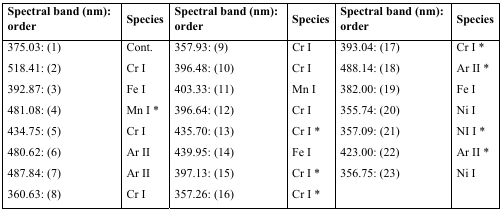
<table><thead><tr><td><b>Spectral band (nm): order</b></td><td><b>Species</b></td><td><b>Spectral band (nm): order</b></td><td><b>Species</b></td><td><b>Spectral band (nm): order</b></td><td><b>Species</b></td></tr></thead><tbody><tr><td>375.03: (1)</td><td>Cont.</td><td>357.93: (9)</td><td>Cr I</td><td>393.04: (17)</td><td>Cr I *</td></tr><tr><td>518.41: (2)</td><td>Cr I</td><td>396.48: (10)</td><td>Cr I</td><td>488.14: (18)</td><td>Ar II *</td></tr><tr><td>392.87: (3)</td><td>Fe I</td><td>403.33: (11)</td><td>Mn I</td><td>382.00: (19)</td><td>Fe I</td></tr><tr><td>481.08: (4)</td><td>Mn I *</td><td>396.64: (12)</td><td>Cr I</td><td>355.74: (20)</td><td>Ni I</td></tr><tr><td>434.75: (5)</td><td>Cr I</td><td>435.70: (13)</td><td>Cr I *</td><td>357.09: (21)</td><td>NI I *</td></tr><tr><td>480.62: (6)</td><td>Ar II</td><td>439.95: (14)</td><td>Fe I</td><td>423.00: (22)</td><td>Ar II *</td></tr><tr><td>487.84: (7)</td><td>Ar II</td><td>397.13: (15)</td><td>Cr I *</td><td>356.75: (23)</td><td>Ni I</td></tr><tr><td>360.63: (8)</td><td>Cr I</td><td>357.26: (16)</td><td>Cr I *</td><td></td><td></td></tr></tbody></table>